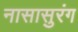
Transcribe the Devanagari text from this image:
नासासुरंग